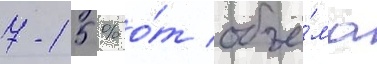
7-15 % о́т объё́ма